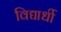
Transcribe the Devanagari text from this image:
विद्यार्धी